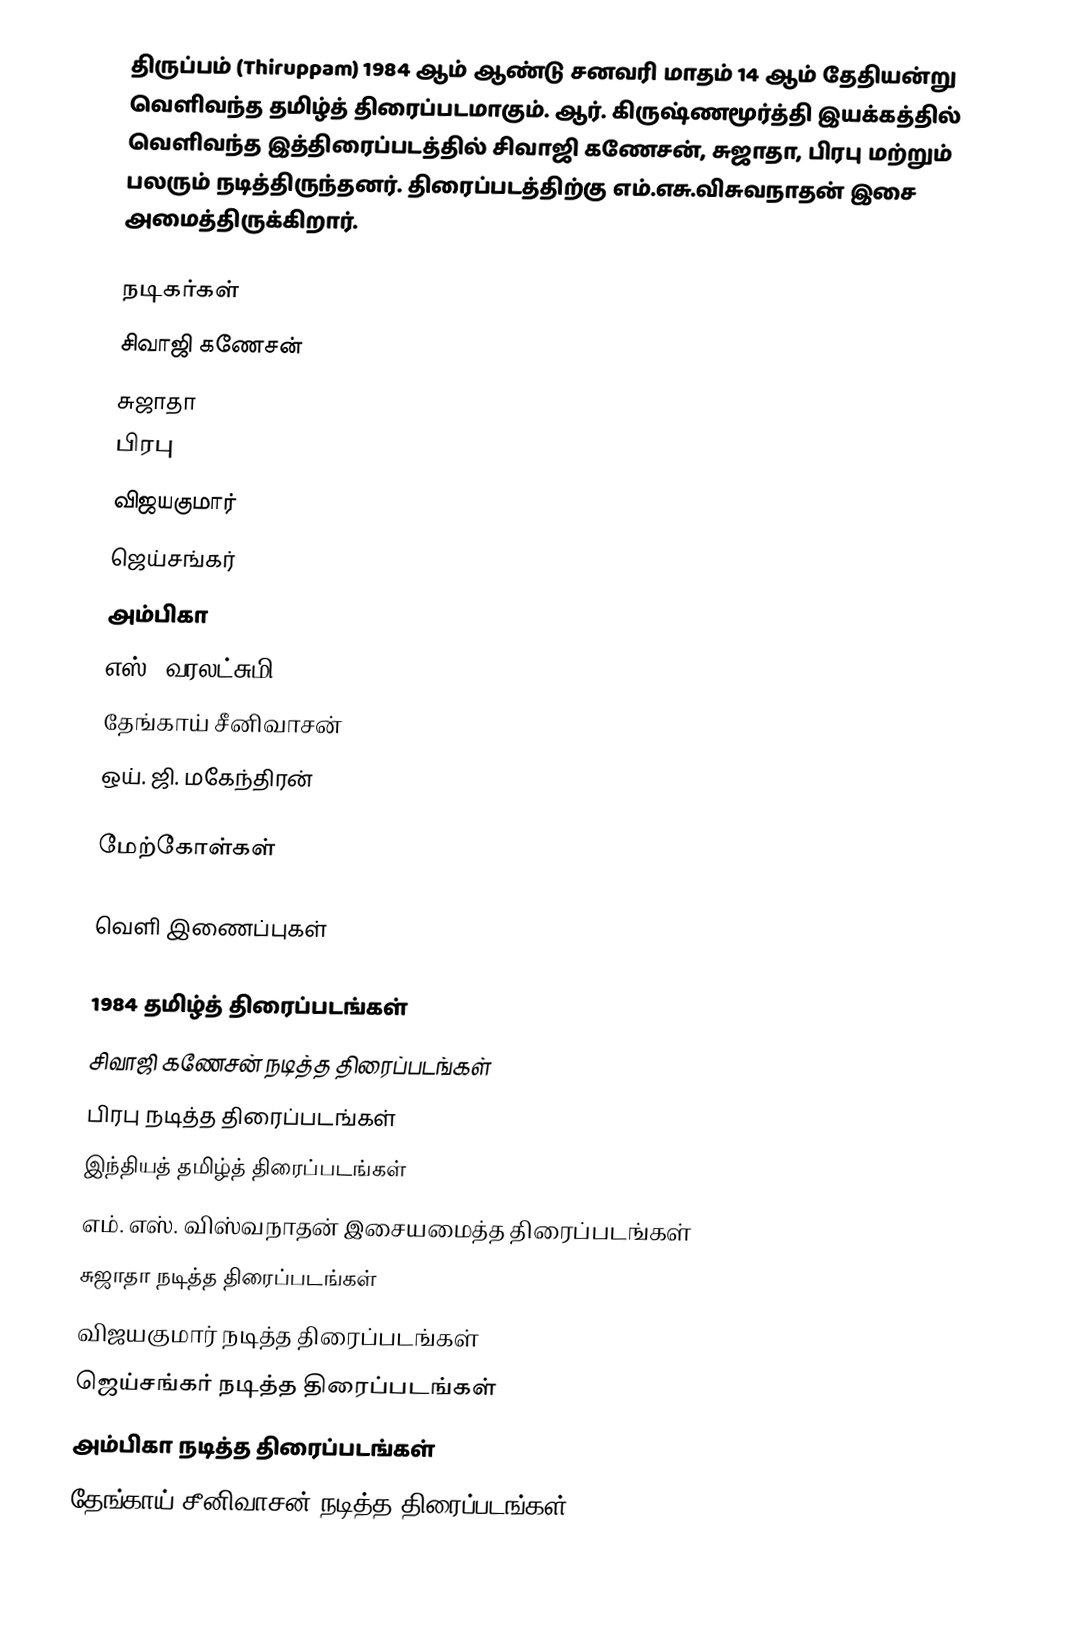
திருப்பம் (Thiruppam) 1984 ஆம் ஆண்டு சனவரி மாதம் 14 ஆம் தேதியன்று வெளிவந்த தமிழ்த் திரைப்படமாகும். ஆர். கிருஷ்ணமூர்த்தி இயக்கத்தில் வெளிவந்த இத்திரைப்படத்தில் சிவாஜி கணேசன், சுஜாதா, பிரபு மற்றும் பலரும் நடித்திருந்தனர். திரைப்படத்திற்கு  எம்.எசு.விசுவநாதன் இசை அமைத்திருக்கிறார்.

நடிகர்கள்
 சிவாஜி கணேசன்
 சுஜாதா
 பிரபு
 விஜயகுமார்
 ஜெய்சங்கர்
 அம்பிகா
 எஸ். வரலட்சுமி
 தேங்காய் சீனிவாசன்
 ஒய். ஜி. மகேந்திரன்

மேற்கோள்கள்

வெளி இணைப்புகள்

1984 தமிழ்த் திரைப்படங்கள்
சிவாஜி கணேசன் நடித்த திரைப்படங்கள்
பிரபு நடித்த திரைப்படங்கள்
இந்தியத் தமிழ்த் திரைப்படங்கள்
எம். எஸ். விஸ்வநாதன் இசையமைத்த திரைப்படங்கள்
சுஜாதா நடித்த திரைப்படங்கள்
விஜயகுமார் நடித்த திரைப்படங்கள்
ஜெய்சங்கர் நடித்த திரைப்படங்கள்
அம்பிகா நடித்த திரைப்படங்கள்
தேங்காய் சீனிவாசன் நடித்த திரைப்படங்கள்